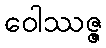
ဝေါဿဇ္ဇ